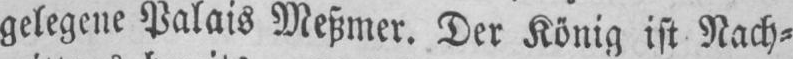
gelegene Palais Meßmer. Der König ist Nach⸗